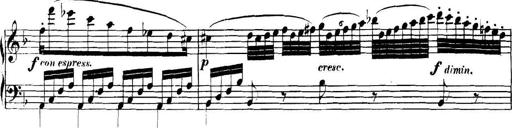
Title: Collected Piano Sonatas
Composer: Muzio Clementi